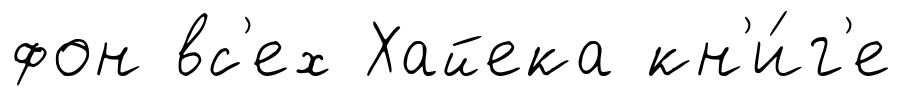
фон вс'ех Хайека кн'и́г'е